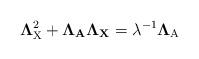
LaTeX: \begin{align*} \mathbf{\Lambda}_{\rm X}^2+\mathbf{\Lambda}_{\rm \mathbf{A}}\mathbf{\Lambda}_{\rm \mathbf{X}}= \lambda^{-1}\mathbf{\Lambda}_{\rm A}\end{align*}